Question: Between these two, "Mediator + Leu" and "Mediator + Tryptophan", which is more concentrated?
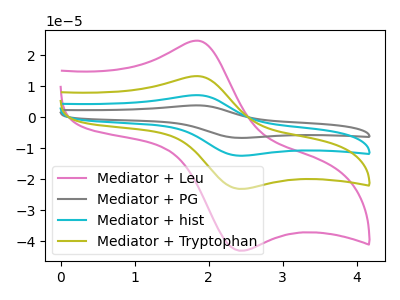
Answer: <think>The pink curve "Mediator + Leu" has an anodic peak at (1.85V, 24.70uA) and a cathodic peak at (2.45V, -43.10uA). The gray curve "Mediator + PG" has an anodic peak at (1.85V, 39.80uA) and a cathodic peak at (2.45V, -69.45uA). The cyan curve "Mediator + hist" has an anodic peak at (1.85V, 26.55uA) and a cathodic peak at (2.45V, -46.30uA). The olive curve "Mediator + Tryptophan" has an anodic peak at (1.85V, 13.25uA) and a cathodic peak at (2.45V, -23.15uA).
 All the peaks in "Mediator + Leu" have a peak in "Mediator + Tryptophan" at the same potential. Every peak in "Mediator + Leu" is higher than every peak in "Mediator + Tryptophan".</think>
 <answer>"Mediator + Leu" has more signal than "Mediator + Tryptophan" and so likely has a higher concentration.</answer>
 <eval>more_concentration</eval>